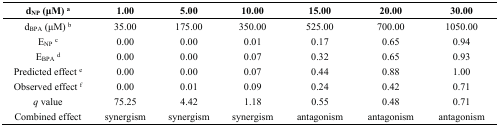
<table><thead><tr><td><b>d<sub>NP</sub> (μM) <sup>a</sup></b></td><td><b>1.00</b></td><td><b>5.00</b></td><td><b>10.00</b></td><td><b>15.00</b></td><td><b>20.00</b></td><td><b>30.00</b></td></tr></thead><tbody><tr><td>d<sub>BPA</sub> (μM) <sup>b</sup></td><td>35.00</td><td>175.00</td><td>350.00</td><td>525.00</td><td>700.00</td><td>1050.00</td></tr><tr><td>E<sub>NP</sub><sup>c</sup></td><td>0.00</td><td>0.00</td><td>0.01</td><td>0.17</td><td>0.65</td><td>0.94</td></tr><tr><td>E<sub>BPA</sub><sup>d</sup></td><td>0.00</td><td>0.00</td><td>0.07</td><td>0.32</td><td>0.65</td><td>0.93</td></tr><tr><td>Predicted effect <sup>e</sup></td><td>0.00</td><td>0.00</td><td>0.07</td><td>0.44</td><td>0.88</td><td>1.00</td></tr><tr><td>Observed effect <sup>f</sup></td><td>0.00</td><td>0.01</td><td>0.09</td><td>0.24</td><td>0.42</td><td>0.71</td></tr><tr><td><i>q</i> value</td><td>75.25</td><td>4.42</td><td>1.18</td><td>0.55</td><td>0.48</td><td>0.71</td></tr><tr><td>Combined effect</td><td>synergism</td><td>synergism</td><td>synergism</td><td>antagonism</td><td>antagonism</td><td>antagonism</td></tr></tbody></table>